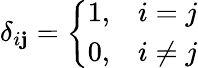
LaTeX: \delta_{i\mathbf{j}}={\left\{ \begin{array}{ll}{1,}&{i=j}\\ {0,}&{i\neq j}\end{array}\right.}